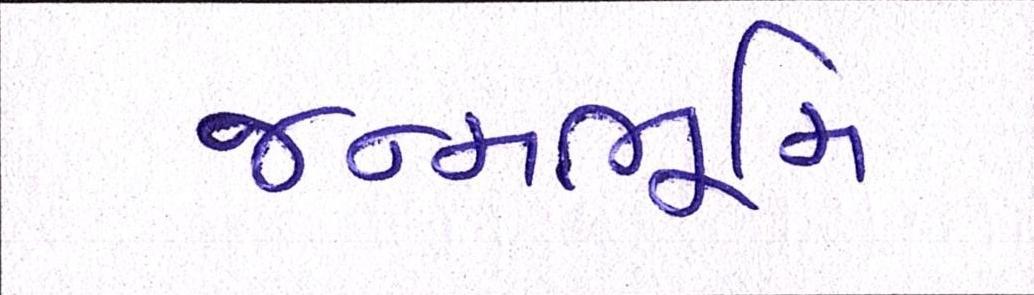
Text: જન્મભૂમિ